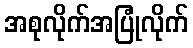
အစုလိုက်အပြုံလိုက်